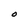
Character: O